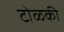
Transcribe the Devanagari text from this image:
टोळकी